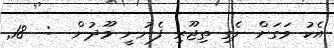
އެކު ވަގަށް ނެގި ތިޖޫރި ފެނުނީ މޫދުން  :  18